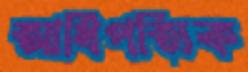
আধিপত্যিক